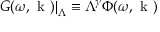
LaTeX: \left. G ( \omega , \mathrm { \boldmath ~ k ~ } ) \right| _ { \Lambda } \equiv \Lambda ^ { \gamma } \Phi ( \omega , \mathrm { \boldmath ~ k ~ } )